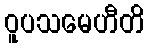
ဝူပသမေဟီတိ